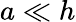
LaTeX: a\ll h